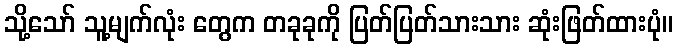
သို့သော် သူ့မျက်လုံး တွေက တခုခုကို ပြတ်ပြတ်သားသား ဆုံးဖြတ်ထားပုံ။